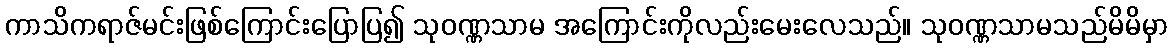
ကာသိကရာဇ်မင်းဖြစ်ကြောင်းပြောပြ၍ သုဝဏ္ဏသာမ အကြောင်းကိုလည်းမေးလေသည်။ သုဝဏ္ဏသာမသည်မိမိမှာ